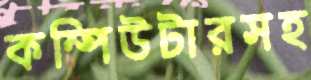
কম্পিউটারসহ